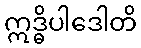
ဣဒ္ဓိပါဒေါတိ